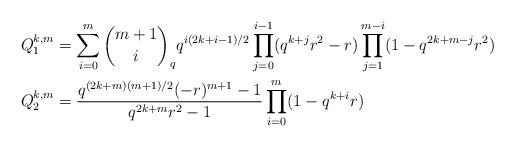
LaTeX: \begin{align*}&Q_1^{k,m}=\sum_{i=0}^{m}{{m+1}\choose {i}}_qq^{i(2k+i-1)/2}\prod_{j=0}^{i-1}(q^{k+j}r^2-r) \prod_{j=1}^{m-i}(1-q^{2k+m-j}r^2)\\ &Q_2^{k,m}= \frac{q^{(2k+m)(m+1)/2}(-r)^{m+1}-1}{q^{2k+m}r^2-1} \prod_{i=0}^{m}(1-q^{k+i}r)\end{align*}